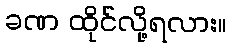
ခဏ ထိုင်လို့ရလား။